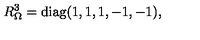
R _ { \Omega } ^ { 3 } = \mathrm { d i a g } ( 1 , 1 , 1 , - 1 , - 1 ) , \,